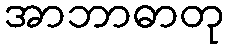
အာဘာဓာတု